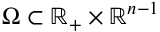
\Omega \subset \mathbb { R _ { + } } \times \mathbb { R } ^ { n - 1 }